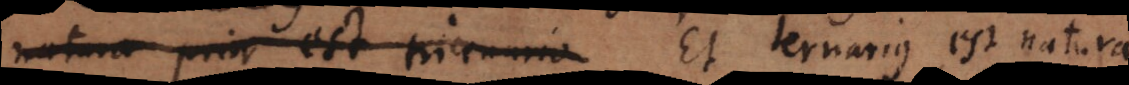
natura prior tricenario. Et ternarius est natura